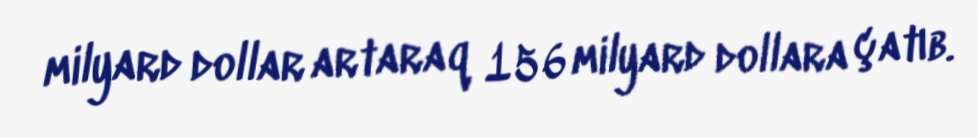
milyard dollar artaraq 156 milyard dollara çatıb.